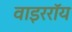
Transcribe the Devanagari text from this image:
वाइररॉय